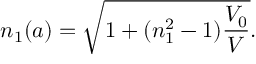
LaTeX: n _ { 1 } ( a ) = \sqrt { 1 + ( n _ { 1 } ^ { 2 } - 1 ) \frac { V _ { 0 } } { V } } .